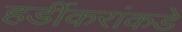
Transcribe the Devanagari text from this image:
हर्डीकरांकडे